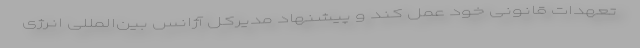
تعهدات قانونی خود عمل کند و پیشنهاد مدیرکل آژانس بین‌المللی انرژی